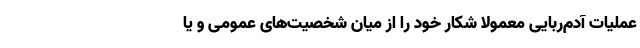
عملیات آدم‌ربایی معمولا شکار خود را از میان شخصیت‌های عمومی و یا